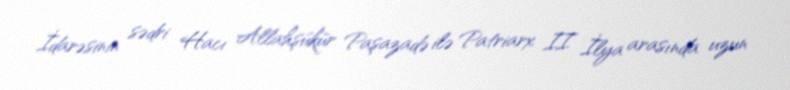
İdarəsinin sədri Hacı Allahşükür Paşazadə ilə Patriarx II İlya arasında uzun